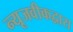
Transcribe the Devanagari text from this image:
न्यूजवीकद्वारा